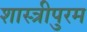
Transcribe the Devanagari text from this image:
शास्त्रीपुरम